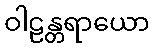
ဝါဠန္တရာယော